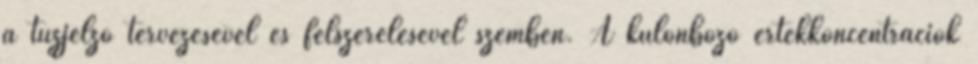
a tûzjelzõ tervezésével és felszerelésével szemben. A különbözõ értékkoncentrációk